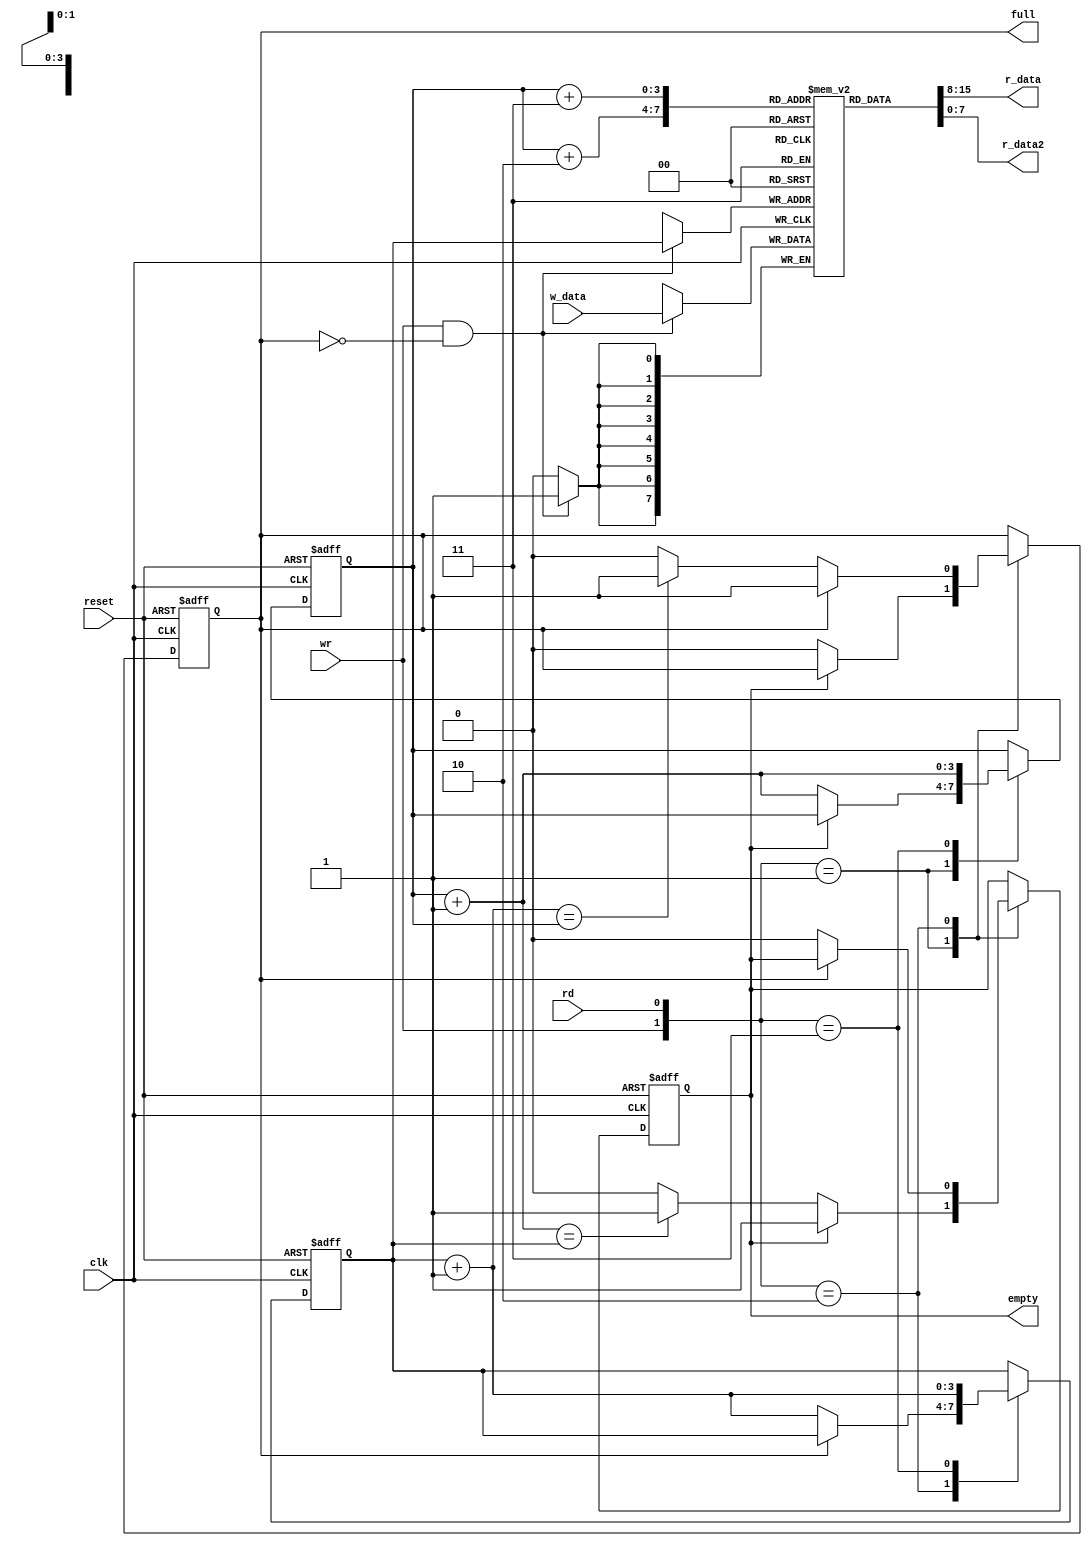
module fifo
   #(
    parameter B=8, // number of bits in a word
              W=4  // number of address bits
   )
   (
    input wire clk, reset,
    input wire rd, wr,
    input wire [B-1:0] w_data,
    output wire empty, full,
    output wire [B-1:0] r_data,
    output wire [B-1:0] r_data2
   );

   //signal declaration
   reg [B-1:0] array_reg [2**W-1:0];  // register array
   reg [W-1:0] w_ptr_reg, w_ptr_next, w_ptr_succ;
   reg [W-1:0] r_ptr_reg, r_ptr_next, r_ptr_succ;
   reg full_reg, empty_reg, full_next, empty_next;
   wire wr_en;

   // body
   // register file write operation
   always @(posedge clk)
      if (wr_en)
         array_reg[w_ptr_reg] <= w_data;
   // register file read operation
   assign r_data = array_reg[r_ptr_reg+2];
   assign r_data2 = array_reg[r_ptr_reg+3];
   // write enabled only when FIFO is not full
   assign wr_en = wr & ~full_reg;

   // fifo control logic
   // register for read and write pointers
   always @(posedge clk, posedge reset)
      if (reset)
         begin
            w_ptr_reg <= 0;
            r_ptr_reg <= 0;
            full_reg <= 1'b0;
            empty_reg <= 1'b1;
         end
      else
         begin
            w_ptr_reg <= w_ptr_next;
            r_ptr_reg <= r_ptr_next;
            full_reg <= full_next;
            empty_reg <= empty_next;
         end

   // next-state logic for read and write pointers
   always @*
   begin
      // successive pointer values
      w_ptr_succ = w_ptr_reg + 1;
      r_ptr_succ = r_ptr_reg + 1;
      // default: keep old values
      w_ptr_next = w_ptr_reg;
      r_ptr_next = r_ptr_reg;
      full_next = full_reg;
      empty_next = empty_reg;
      case ({wr, rd})
         // 2'b00:  no op
         2'b01: // read
            if (~empty_reg) // not empty
               begin
                  r_ptr_next = r_ptr_succ;
                  full_next = 1'b0;
                  if (r_ptr_succ==w_ptr_reg)
                     empty_next = 1'b1;
               end
         2'b10: // write
            if (~full_reg) // not full
               begin
                  w_ptr_next = w_ptr_succ;
                  empty_next = 1'b0;
                  if (w_ptr_succ==r_ptr_reg)
                     full_next = 1'b1;
               end
         2'b11: // write and read
            begin
               w_ptr_next = w_ptr_succ;
               r_ptr_next = r_ptr_succ;
            end
      endcase
   end

   // output
   assign full = full_reg;
   assign empty = empty_reg;

endmodule